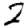
Digit: 2